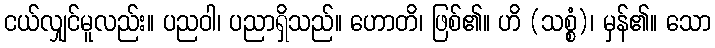
ငယ်လျှင်မူလည်း။ ပညဝါ၊ ပညာရှိသည်။ ဟောတိ၊ ဖြစ်၏။ ဟိ (သစ္စံ)၊ မှန်၏။ သော